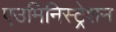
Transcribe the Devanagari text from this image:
एउमिनिस्ट्रेशन